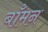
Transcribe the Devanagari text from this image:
बाँमन